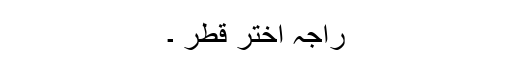
راجہ اختر قطر ۔